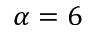
\alpha = 6